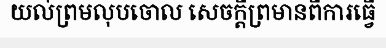
យល់ព្រមលុបចោល សេចក្តីព្រមានពីការធ្វើ